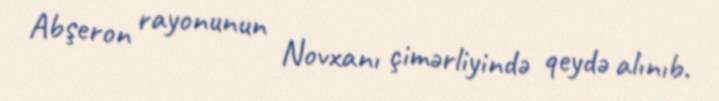
Abşeron rayonunun Novxanı çimərliyində qeydə alınıb.